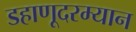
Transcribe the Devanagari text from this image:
डहाणूदरम्यान